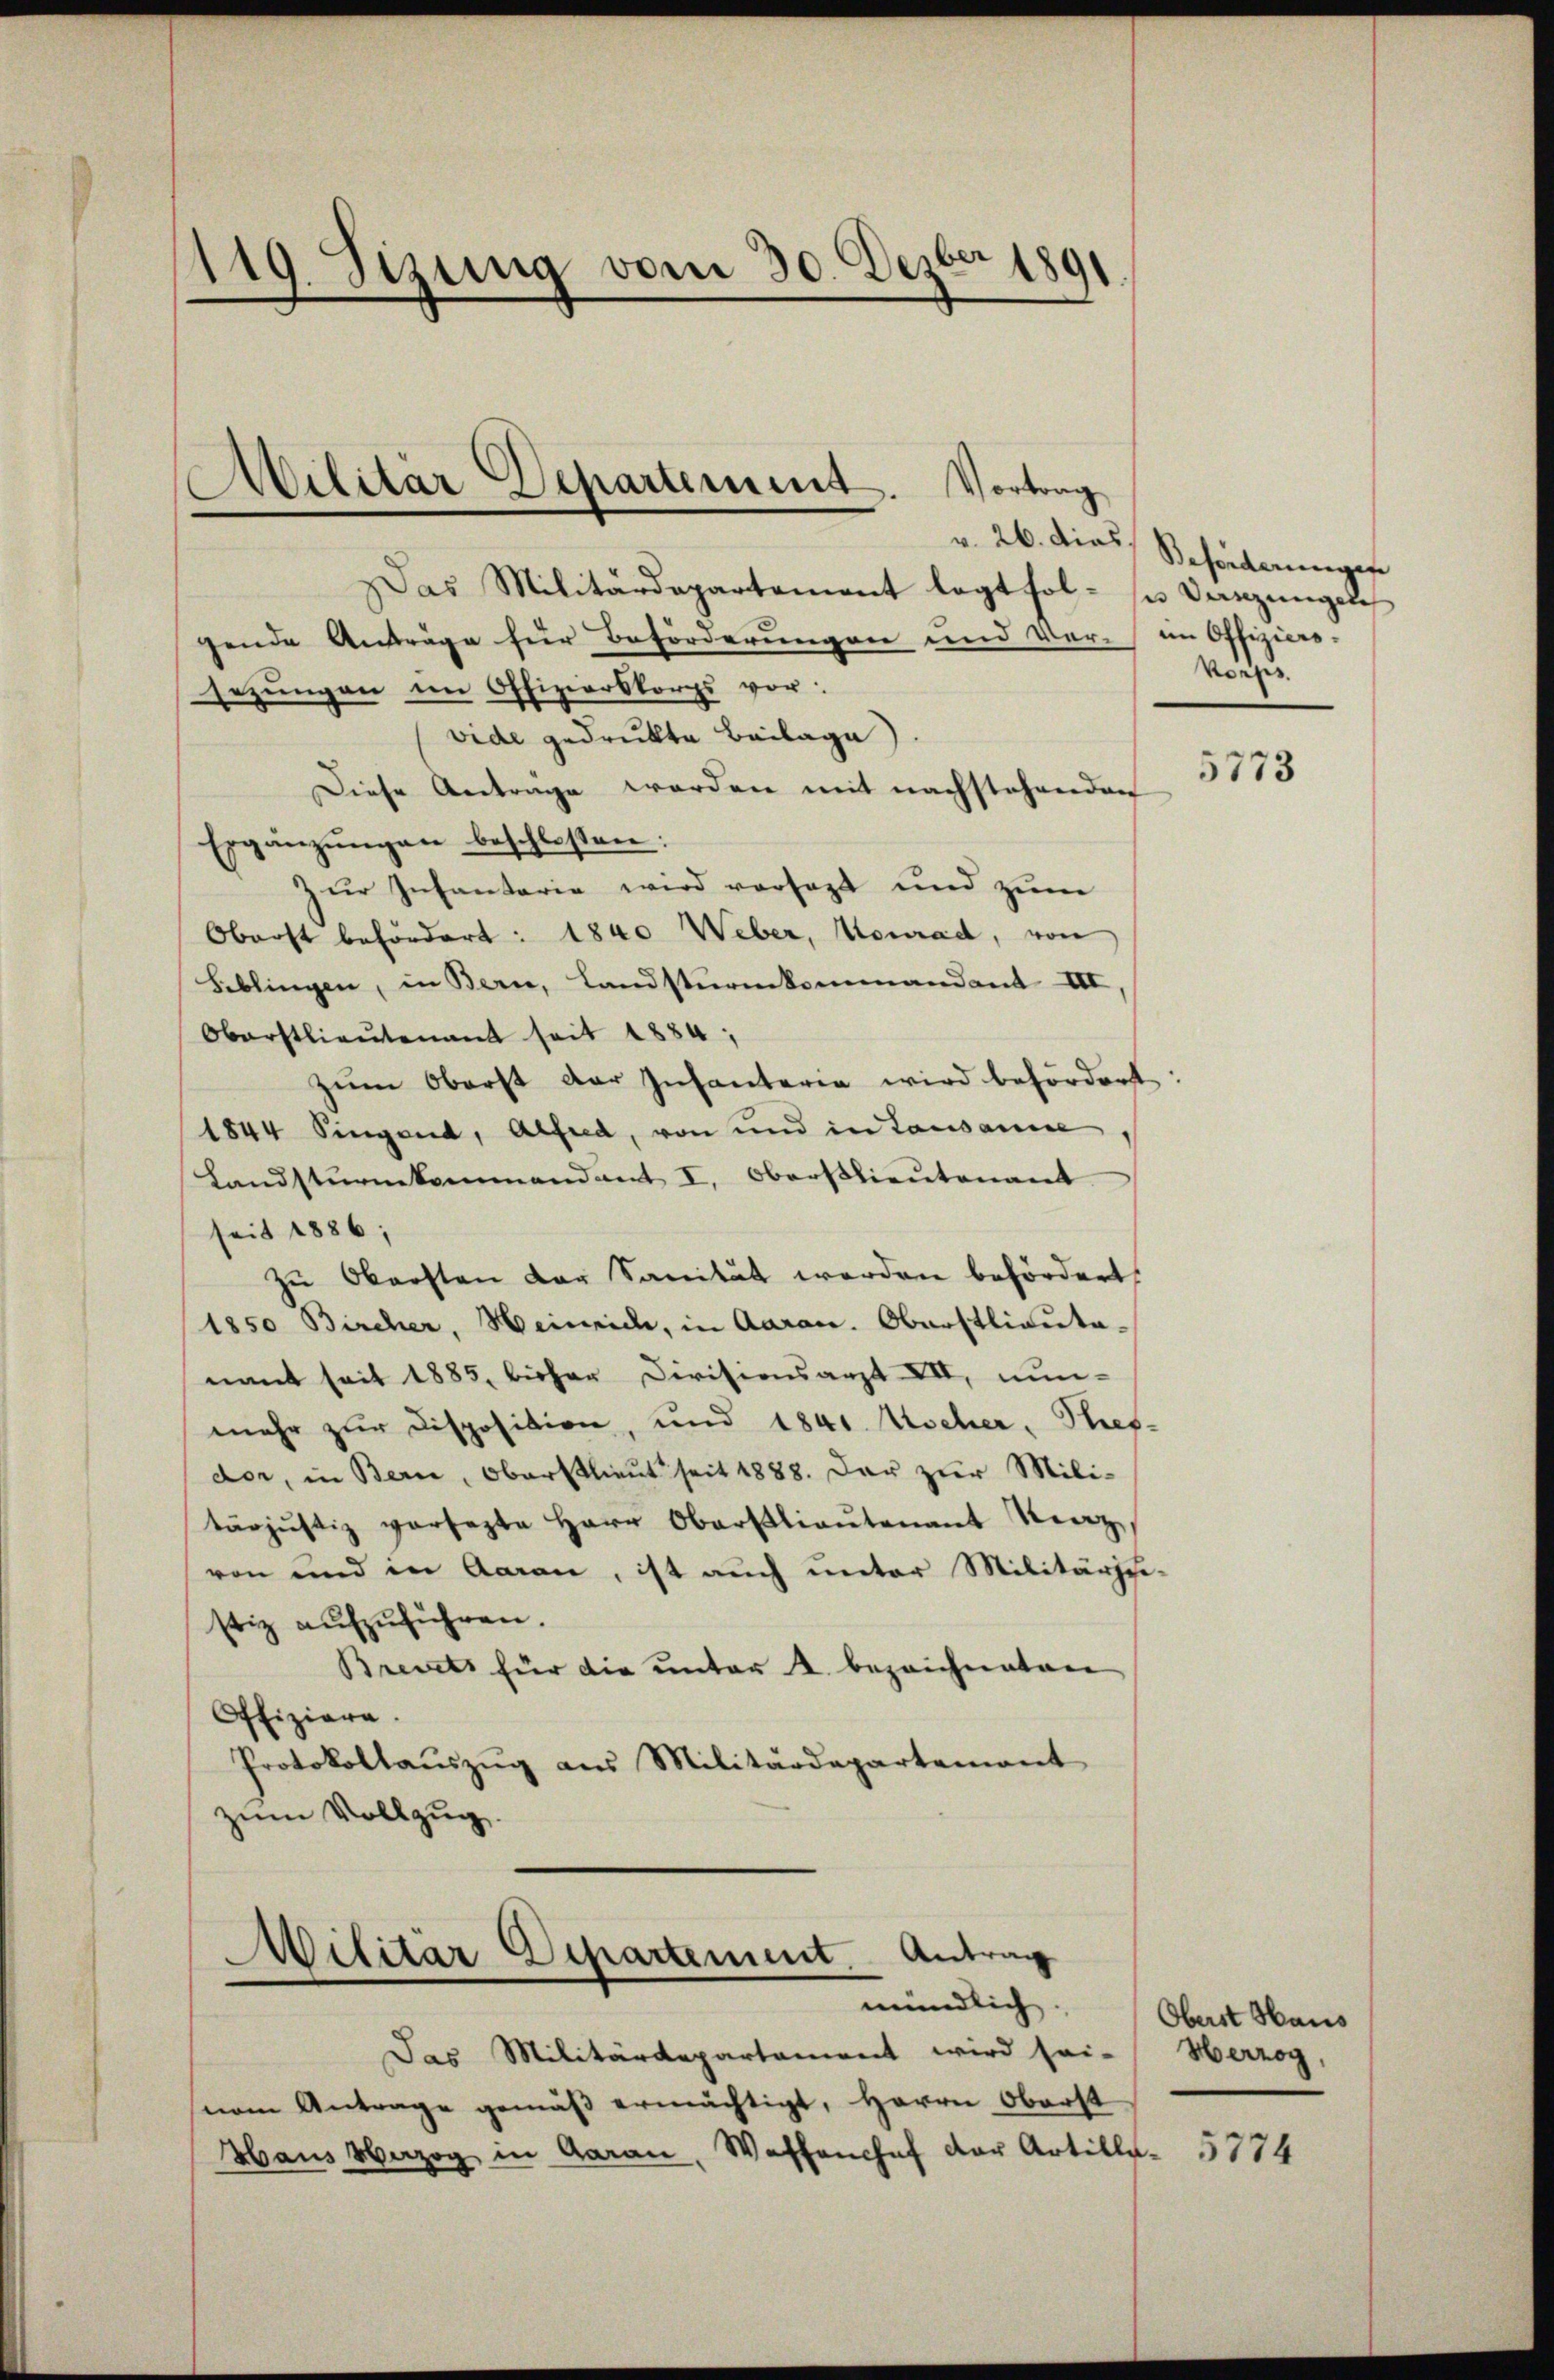
119. Sizung vom 30. Dezbr 1891.

Das Militärdepartement legt fol- sie anzungen
gende Anträge für Beförderungen und Ver- im Offiziers-
sezungen im Offizierskorps vor:
vide gedruckte Beilage
Diese Antrage werden mit nachstehenden
Ergänzŭngen beschlossen:
zur Infantarie wird versagt und zum
Oberst befördert: 1840 Weber, Konrad, von
Feblingen, in Bern, Landsturmkommandant III,
Oberstlieutenant seit 1884,
zum Oberst der Infanteria wird befördert
1844 Singend, Alfred, von und in Lausanne
Landsturmkommandant I. Oberstlieutenant
seit 1886;
zu Obersten der Sanität werden befördert
1850 Bircher, Heinrich, in Aaran. Oberstlieuta-
nant seit 1885, bisher Divisionsarzt XII, nun-
mehr zur Disposition, und 1841 Wocher, Stief-
dor, in Bern, Oberstlieut seit 1888. Der zur Mili-
tärjustiz versezte Herr Oberstlieutenant Mag
von und in Aaran, ist auch unter Militärssi-
stiz aŭfzŭführen.
Brevets für die unter 4. bezeichneten
Offiziere.
Protokollaŭszŭg aŭs Militärdepartement
zum Vollzug.

Militär Departement. Vortrag

Militar Departement. Antrag
mündlich.

Das Militärdepartement wird sei-
nem Antrage gemäß ermächtigt, Herrn Oberst
Haus Verzog in Aarau, Waffenhof der Artille- 5774

v. 26. dies Beförderungese
Vors

5773

Oberst Haus
Herzog,